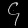
Digit: ၄